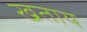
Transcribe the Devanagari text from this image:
खताय